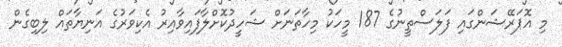
މި އޮޕަރޭޝަންގައި ފަލަސްތީނުގެ 187 މީހަކު މިހާތަނަށް ޝަހީދުކޮށްލާފައިވާއިރު އެކިވަރުގެ އަނިޔާތައް ލިބިގެން